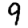
Digit: 9